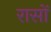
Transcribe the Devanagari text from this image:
रासों